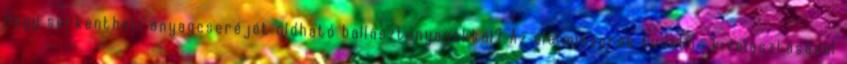
Hogy serkentheti anyagcseréjét oldható ballasztanyagokkal? Az élelmiszerek tudatos kiválasztásával